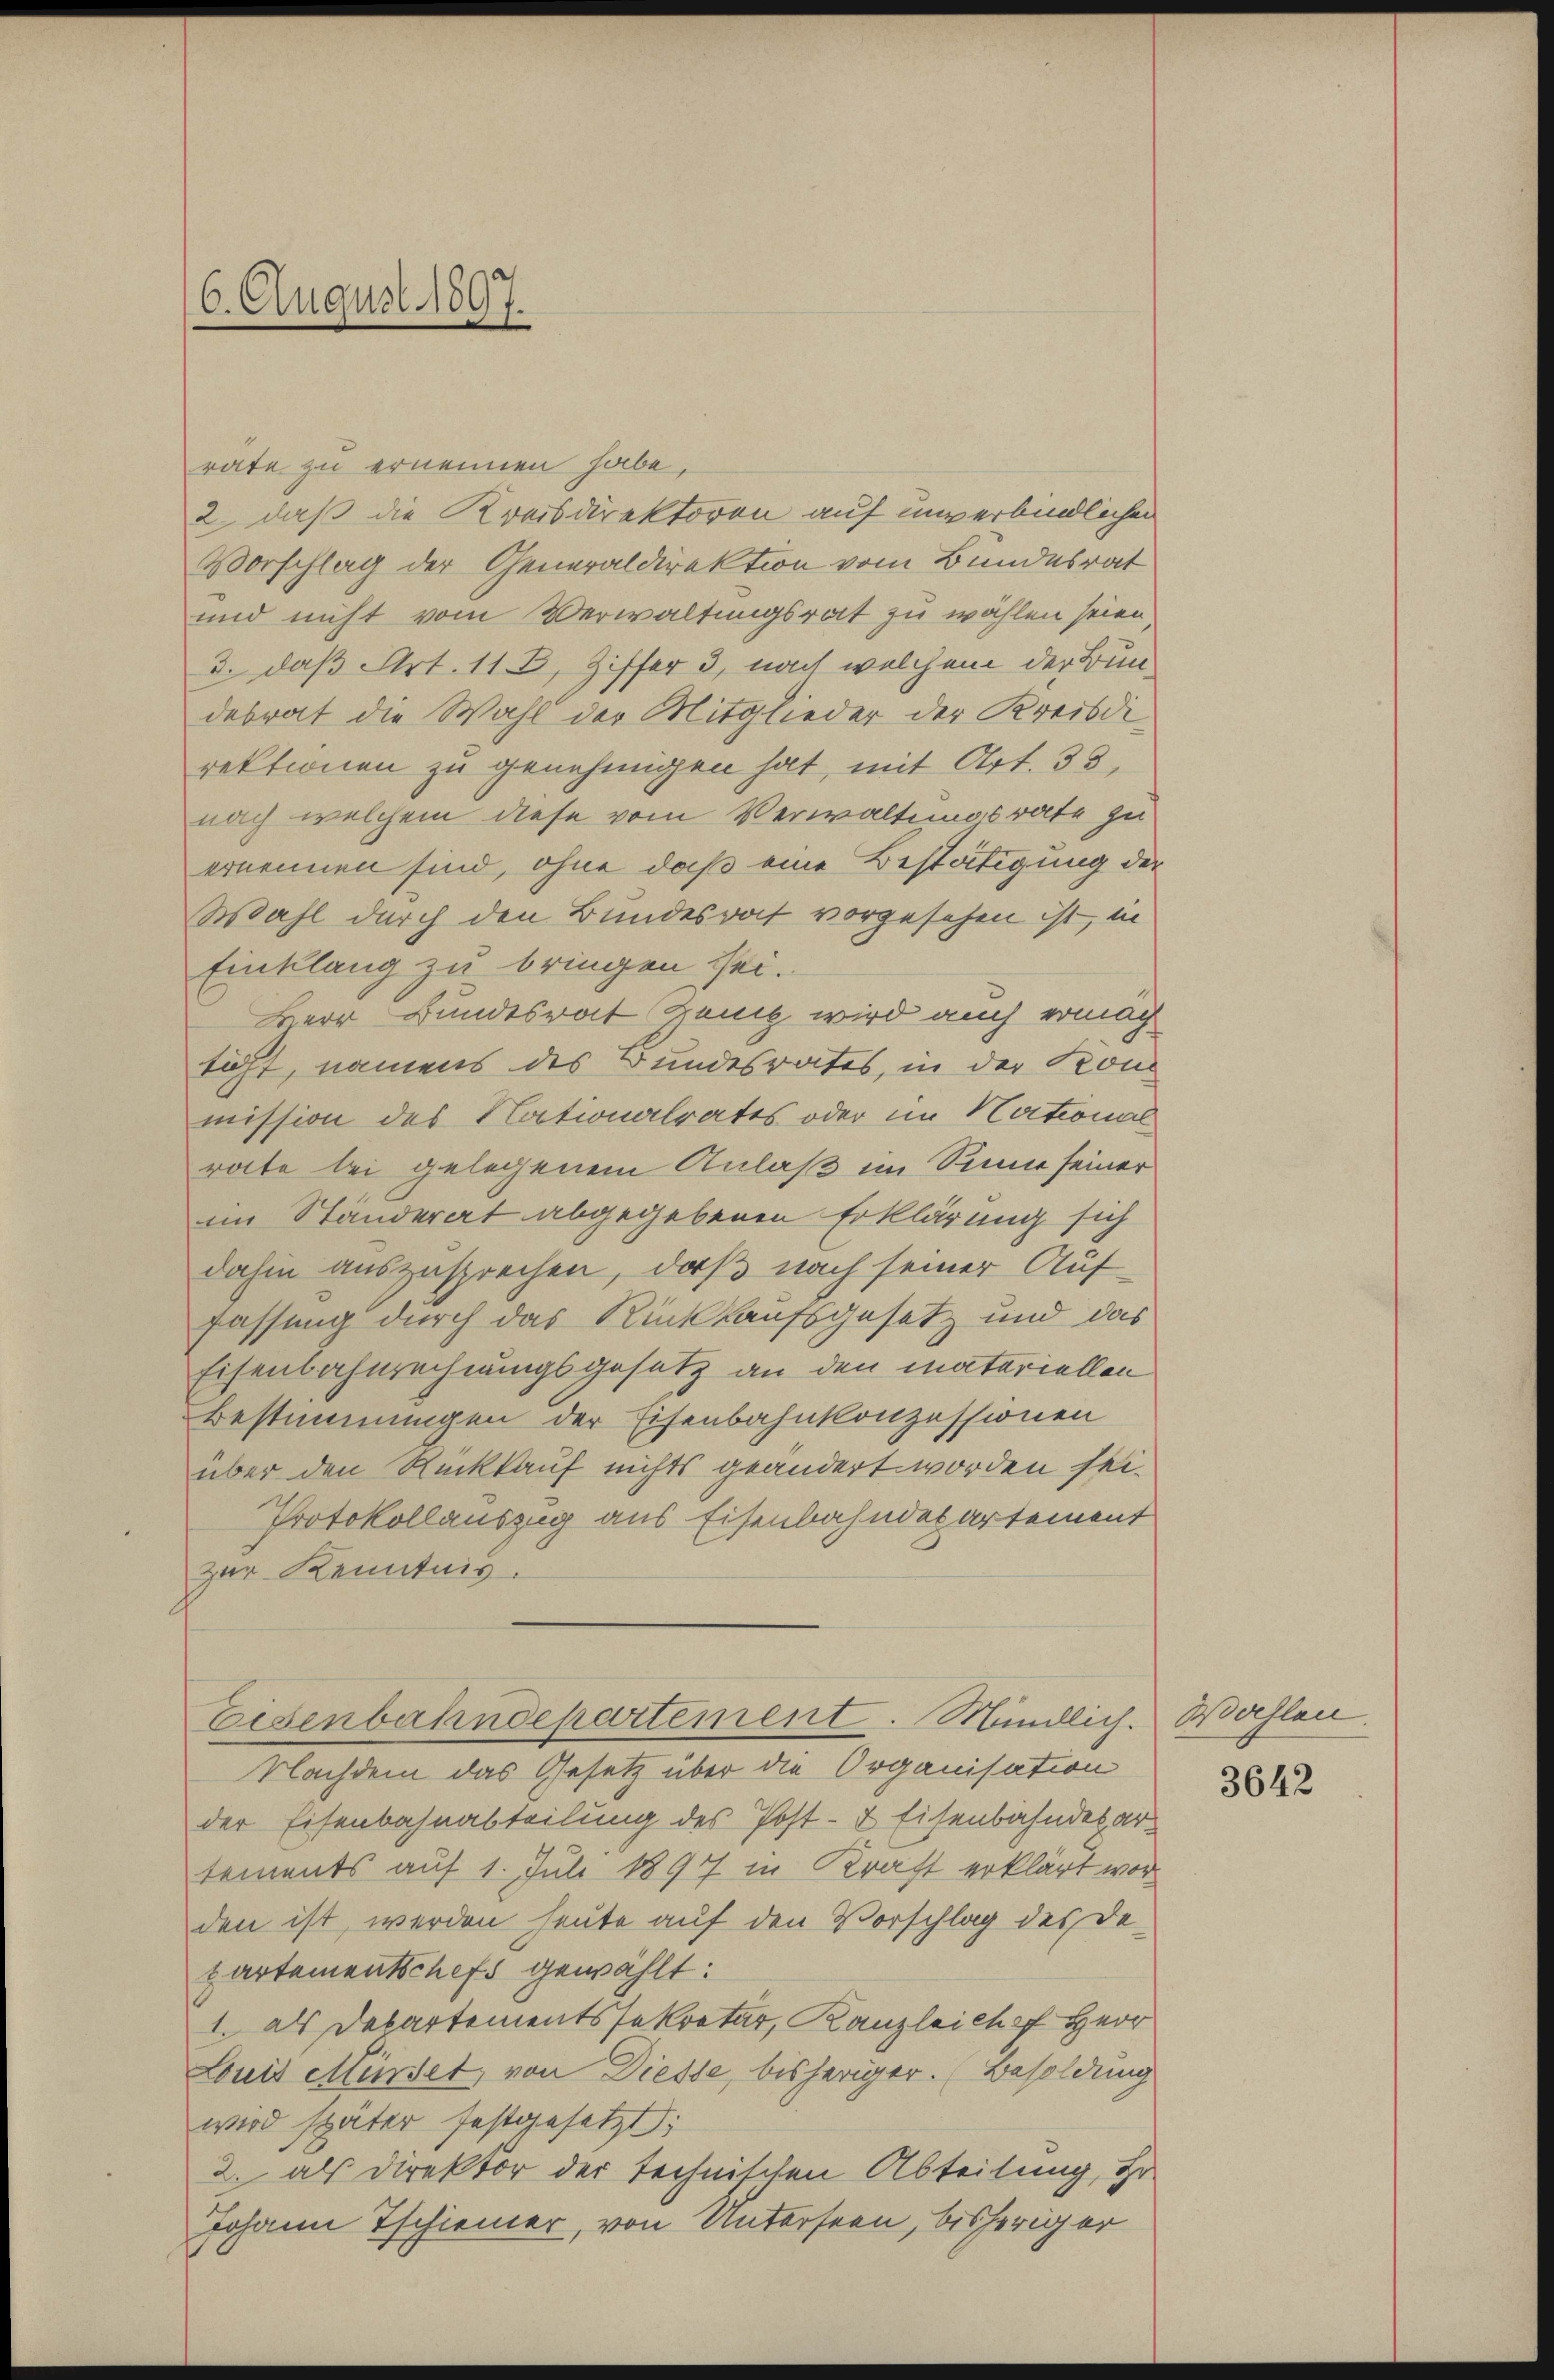
rate zu ernennen habe,
2. daß die Kreisdirektoren auf unverbindlichen
Vorschlag der Generaldirektion vom Bundesrat
und nicht vom Verwaltungsrat zu wählen seien
3. daß Art. 113, Ziffer 3, nach welchem der Bundebrat die Wahl der Mitglieder der Kreisdirektionen zu genehmigen hat, mit Art. 35,
nach welchem diese vom Verwaltungsrate zu
ernennen sind, ohne daß eine Bestätigung der
Wahl durch den Bundesrat vorgesehen ist, in
Einklang zu bringen sei.
Herr Bundesrat ganz wird auch ernach
sicht, namens des Bundesrates, in der Konmission des Nationalrates oder im National
rate bei gelegenem Anlaß im Sinne seiner
im Ständerat abgegebenen Erklärung sich
dahin auszusprechen, daß nach seiner Auffassung durch das Rückkaufsgesetz und das
Eisenbahnrechnungsgesetz an den materiellen
Bestimmungen der Eisenbahnkonzessionen
über den Rückkauf nichts geändert worden sei.
Protokollauszug aus Eisenbahndepartement
zur Kenntnis.
Eisenbahndepartement. Mindlich. Wahlen.
Nachdem das Gesetz über die Organisation
der Eisenbahnabteilung des Post- & Eisenbahndesartements auf 1. Juli 1897 in Kraft erklärt worden ist, werden heute auf den Vorschlag des Departementschefs gewählt:
1. als Departementssekretär, Kanzleiche Herr
Louis Mündet, von Diesse, bisheriger. (Besoldung
wird später festgesetzt;
2. als Direktor der technischen Abteilung, gr.
Johann Tschiener, von Untersten, bisheriger

6. August 1897.

3642